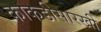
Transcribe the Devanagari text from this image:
काकडीसारखी